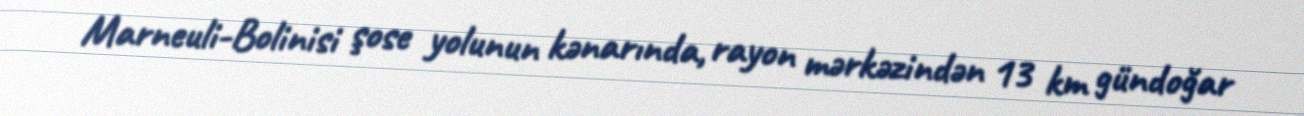
Marneuli-Bolinisi şose yolunun kənarında, rayon mərkəzindən 13 km gündoğar